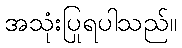
အသုံးပြုရပါသည်။